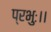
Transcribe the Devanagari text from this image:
प्रभुः।।